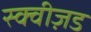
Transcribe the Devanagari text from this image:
स्क्वीज़ड